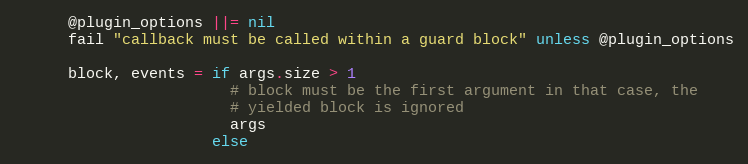
Language: Ruby
      @plugin_options ||= nil
      fail "callback must be called within a guard block" unless @plugin_options

      block, events = if args.size > 1
                        # block must be the first argument in that case, the
                        # yielded block is ignored
                        args
                      else